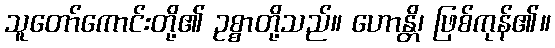
သူတော်ကောင်းတို့၏ ဥစ္စာတို့သည်။ ဟောန္တိ၊ ဖြစ်ကုန်၏။